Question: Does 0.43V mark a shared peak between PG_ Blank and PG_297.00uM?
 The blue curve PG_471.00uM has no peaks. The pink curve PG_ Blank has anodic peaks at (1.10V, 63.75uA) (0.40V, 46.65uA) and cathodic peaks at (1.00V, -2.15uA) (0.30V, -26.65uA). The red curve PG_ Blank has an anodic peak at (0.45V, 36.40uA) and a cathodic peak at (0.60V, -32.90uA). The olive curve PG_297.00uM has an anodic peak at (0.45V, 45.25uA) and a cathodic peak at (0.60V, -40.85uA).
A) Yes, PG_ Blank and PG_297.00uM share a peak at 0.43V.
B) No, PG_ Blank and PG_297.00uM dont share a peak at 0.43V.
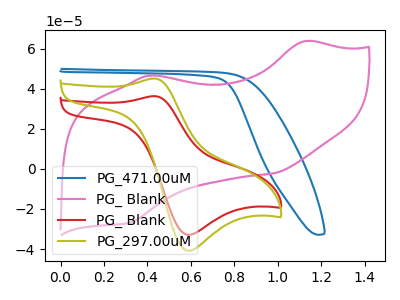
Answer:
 <answer>A) Yes, "PG_ Blank" and "PG_297.00uM" share a peak at 0.43V.</answer>
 <eval>A</eval>